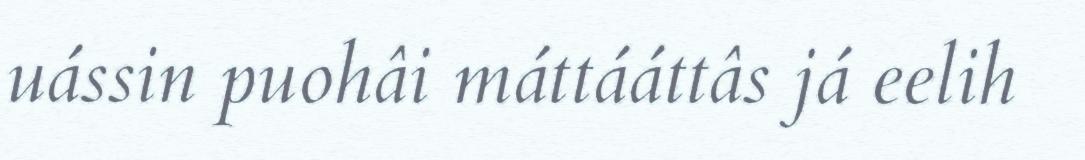
uássin puohâi máttááttâs já eelih